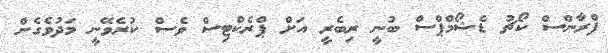
ފްރާންސް ކޯޗު ޑެޝޯމްޕްސް ބުނީ ރިބެރީ އަށް ޕްރެކްޓިސް ވެސް ކުރެވޭނީ މަދުވެގެން